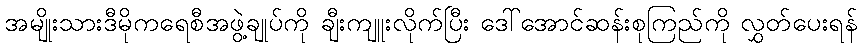
အမျိုးသားဒီမိုကရေစီအဖွဲ့ချုပ်ကို ချီးကျူးလိုက်ပြီး ဒေါ်အောင်ဆန်းစုကြည်ကို လွှတ်ပေးရန်